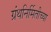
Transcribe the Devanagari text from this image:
ग्रंथनिर्मितीच्या